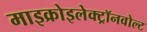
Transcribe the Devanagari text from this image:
माइक्रोइलेक्ट्रॉनवोल्ट